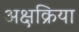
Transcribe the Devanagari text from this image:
अक्षक्रिया